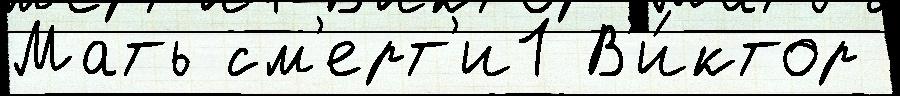
Мать см'ерт'и1 В'и́ктор